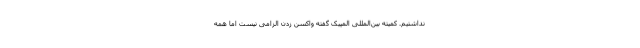
نداشتیم. کمیته بین‌المللی المپیک گفته واکسن زدن الزامی نیست اما همه